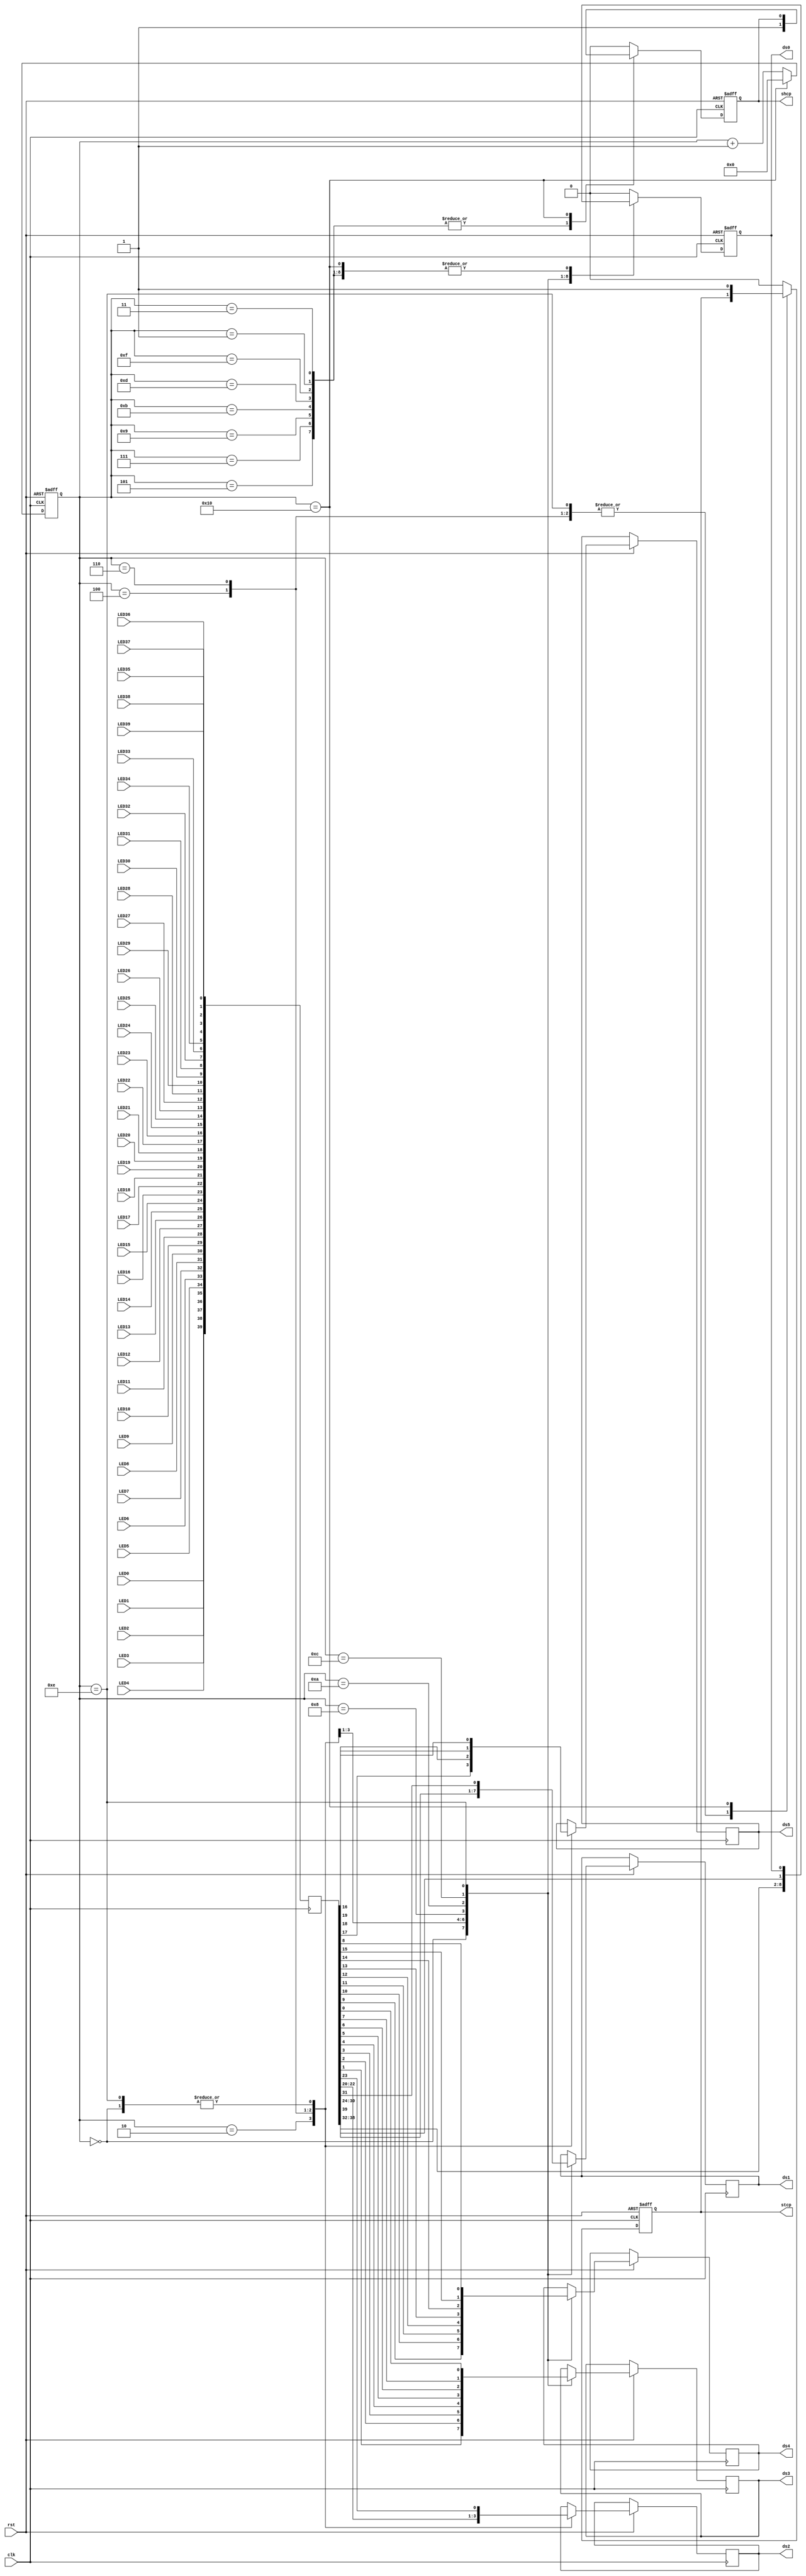
`timescale 1ns / 1ps
module hc595(
	       clk,
	       rst,
           LED0,
           LED1 ,
           LED2 ,
           LED3 ,
           LED4 ,
           LED5 ,
           LED6 ,
           LED7 ,
           LED8 ,
           LED9 ,
           LED10,
           LED11,
           LED12,
           LED13,
           LED14,
           LED15,
           LED16,
           LED17,
           LED18,
           LED19,
           LED20,
           LED21,
           LED22,
           LED23,
           LED24,
           LED25,
           LED26,
           LED27,
           LED28,
           LED29,
           LED30,
           LED31,
           LED32,
           LED33,
           LED34,
           LED35,
           LED36,
           LED37,
           LED38,
           LED39,     
	       shcp,
	       stcp,
	       ds0,
	       ds1,
	       ds2,
	       ds3,
	       ds4,
	       ds5
);
	input clk,rst;
	input  LED0,LED1,LED2,LED3,LED4,LED5,LED6,LED7,LED8,LED9,LED10,LED11,LED12,LED13,LED14,LED15,LED16,LED17,LED18,LED19;
	input  LED20,LED21,LED22,LED23,LED24,LED25,LED26,LED27,LED28,LED29,LED30,LED31,LED32,LED33,LED34,LED35,LED36,LED37,LED38,LED39;
	output reg shcp;
	output reg stcp;	//
	output reg ds0;
	output reg ds1;
	output reg ds2;
	output reg ds3;
	output reg ds4;
	output reg ds5;

	reg [7:0] diver_cnt;	//
	wire sck_plus;
	reg [5:0]shcp_edge_cnt;
	reg [40-1:0]rdata;
	parameter CNT_MAX = 2;
	//parameter [15:0] data = 16'b10101010_10101010;
	parameter S_EN = 1;
	always@(posedge clk)
		if(S_EN)	
			rdata <= {{LED0},{LED1},{LED2},{LED3},{LED4},{LED5},{LED6},{LED7},{LED8},{LED9},{LED10},{LED11},{LED12},{LED13},{LED14},{LED15},{LED16},{LED17},{LED18},{LED19},{LED20},{LED21},{LED22},{LED23},{LED24},{LED25},{LED26},{LED27},{LED28},{LED29},{LED30},{LED31},{LED32},{LED33},{LED34},{LED35},{LED36},{LED37},{LED38},{LED39}} ;
	          //rdata <=  16'b00000000_00000000 + LED0 ;
	always@(posedge clk or negedge rst)
		if(!rst)
			diver_cnt <= 0;
		else if(diver_cnt == CNT_MAX - 1'b1)
			diver_cnt <= 0;
		else
			diver_cnt <= diver_cnt +1'b1;

	//assign sck_plus = (diver_cnt == CNT_MAX - 1'b1);
	assign sck_plus = 1'b1;

/*
	always@(posedge clk or negedge rst)
		if(!rst)
			shcp <= 0;
		else if(sck_plus)
			shcp <= ~shcp;
*/			
	always@(posedge clk or negedge rst)
		if(!rst)
			shcp_edge_cnt <= 0;
		else if(sck_plus)begin
			if(shcp_edge_cnt == 6'd16)
				shcp_edge_cnt <= 0;
			else
				shcp_edge_cnt <= shcp_edge_cnt +1'b1;
		end
		else
			shcp_edge_cnt <= shcp_edge_cnt;

	always@(posedge clk or negedge rst)
		if(!rst)begin
			stcp <= 0;
			ds0 <= 0;
			shcp <= 0;
		end
		else begin
			case(shcp_edge_cnt)
				0:  begin shcp <= 0; stcp <= 0;ds0 <= rdata[38]; ds3 <= rdata[1]; ds1 <= rdata[30];   ds4 <= rdata[9];     ds2 <= rdata[23];    ds5 <= rdata[16];                      end
				1:  begin shcp <= 1; end                                                                                                                     
				2:  begin shcp <= 0; ds0 <= rdata[37];           ds3 <= rdata[2]; ds1 <= rdata[29];   ds4 <= rdata[10];    ds2 <= rdata[22];    ds5 <= rdata[17];                      end
				3:  begin shcp <= 1; end                                                                                                                     
				4:  begin shcp <= 0; ds0 <= rdata[36];           ds3 <= rdata[3]; ds1 <= rdata[28];  ds4 <= rdata[11];     ds2 <= rdata[21];    ds5 <= rdata[18];                      end
				5:  begin shcp <= 1; end                                                                                                                     
				6:  begin shcp <= 0; ds0 <= rdata[35];           ds3 <= rdata[4]; ds1 <= rdata[27];  ds4 <= rdata[12];     ds2 <= rdata[20];    ds5 <= rdata[19];                      end
				7:  begin shcp <= 1; end                    
				8:  begin shcp <= 0; ds0 <= rdata[34];           ds3 <= rdata[5]; ds1 <= rdata[26];  ds4 <= rdata[13];                                                                end
				9:  begin shcp <= 1; end                    
				10: begin shcp <= 0; ds0 <= rdata[33];           ds3 <= rdata[6]; ds1 <= rdata[25];  ds4 <= rdata[14];                                                                end
				11: begin shcp <= 1; end                    
				12: begin shcp <= 0; ds0 <= rdata[32];           ds3 <= rdata[7]; ds1 <= rdata[24];  ds4 <= rdata[15];                                                                end
				13: begin shcp <= 1; end                    
				14: begin shcp <= 0; ds0 <= rdata[39];           ds3 <= rdata[0]; ds1 <= rdata[31];  ds4 <= rdata[8];      ds2 <= rdata[23];    ds5 <= rdata[16];                      end
				15: begin shcp <= 1; end
				16: begin stcp <= 1'b1;end
				default: begin shcp <= 0; stcp <= 0; ds0 <= 0; end
			endcase
		end
		
		
endmodule